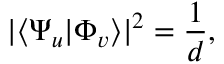
\vert \langle \Psi _ { u } | \Phi _ { v } \rangle \vert ^ { 2 } = \frac { 1 } { d } ,